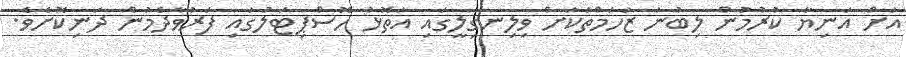
އަށް އަނިޔާ ކުރުމުން ލިބުނު ޒަހަމްތަކަށް ވިލިނގިލީގައި އަތޮޅު ހޮސްޕިޓަލުގައި ފަރުވާދެމުން ދަނިކޮށެވެ.